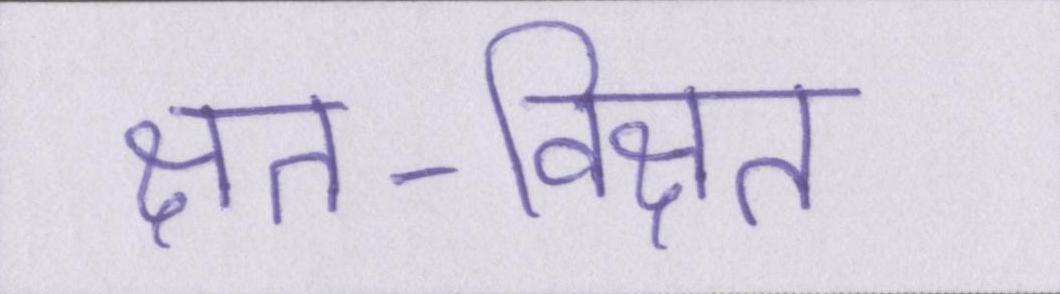
क्षत-विक्षत